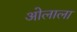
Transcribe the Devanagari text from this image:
ओलाला